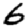
Digit: 6